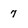
Character: 7